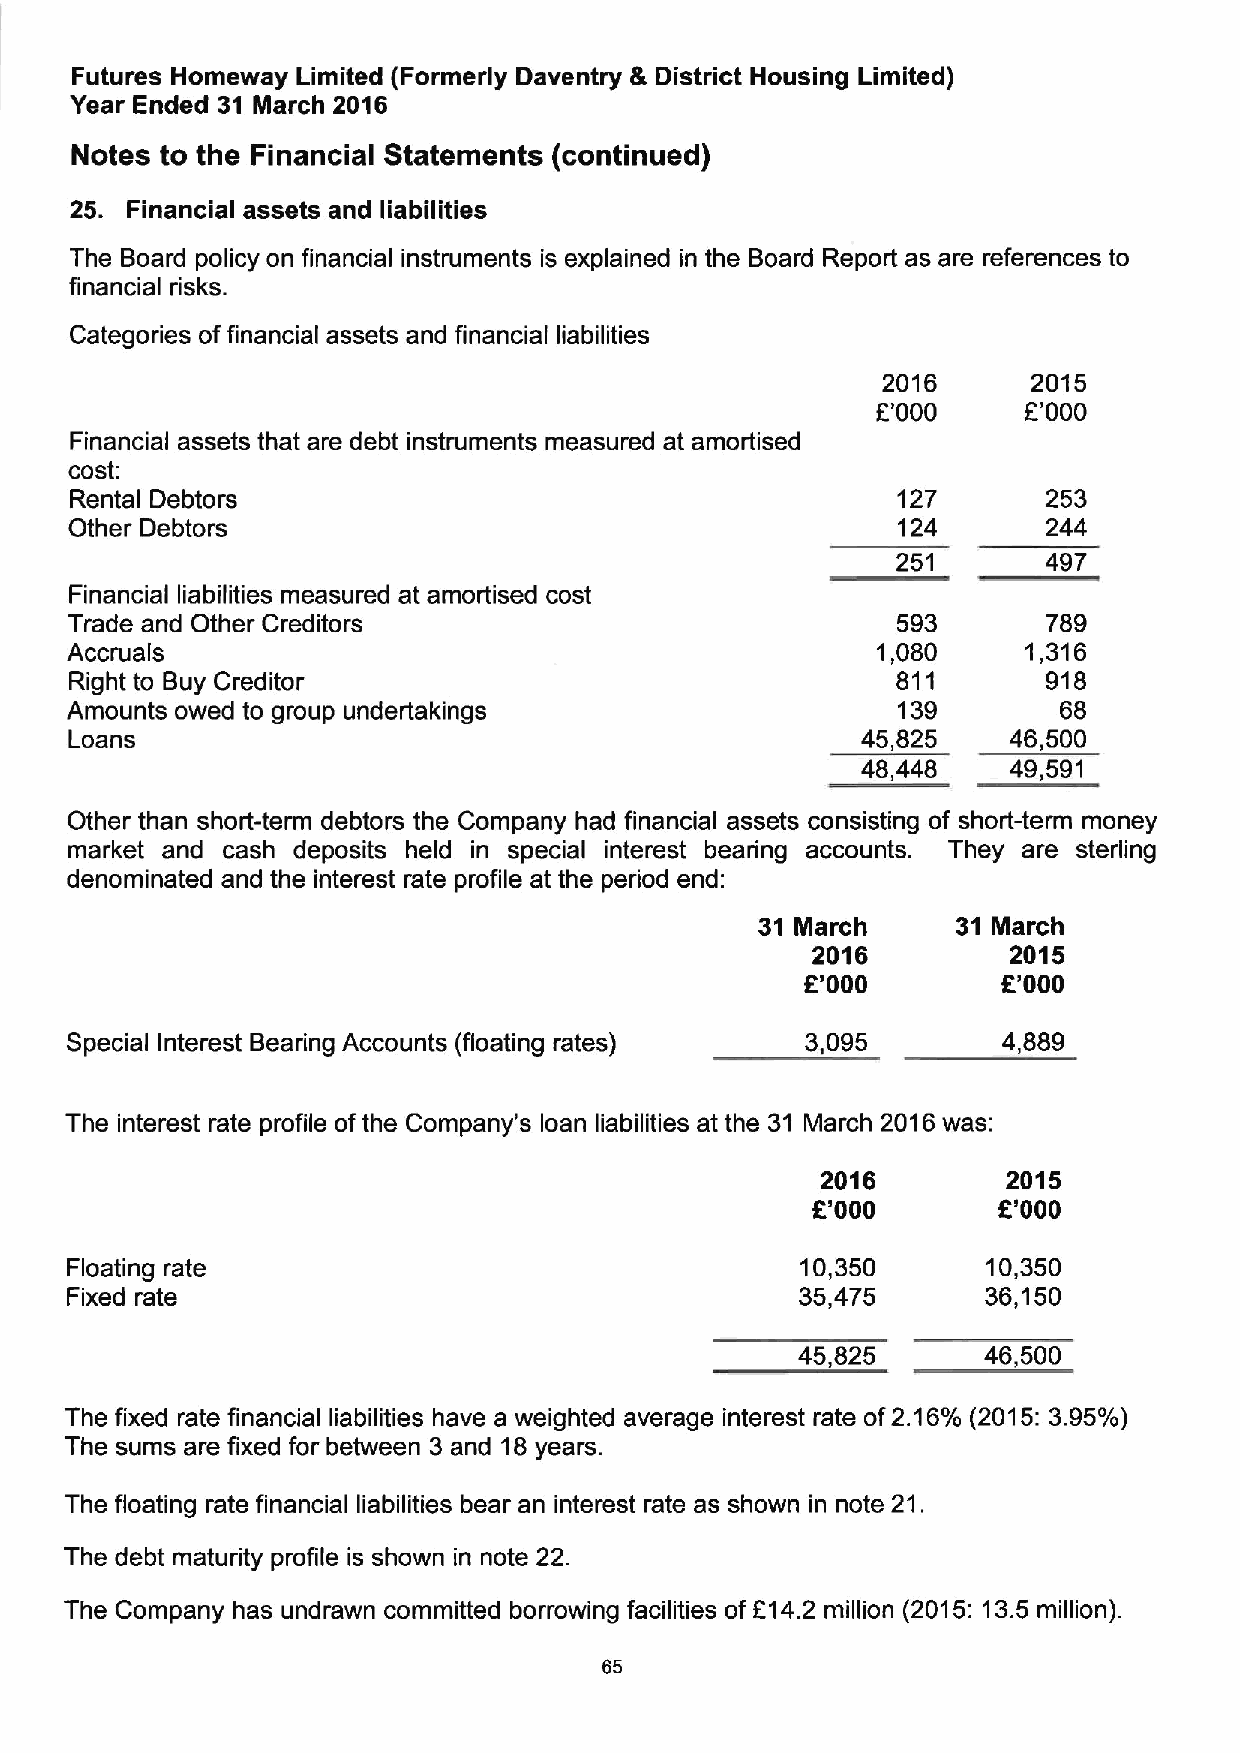
Futures Homeway Limited (Formerly Daventry 8 District Housing Limited)
 Year Ended 31 March 2016
 Notes to the Financial Statements (continued)
 25. Financial assets and liabilities
 The Board policy on financial instruments is explained in the Board Report as are references to
 financial risks.
 Categories offinancial assets and financial liabilities
 2016      2015
 L"000     F'000
 Financial assets that are debt instruments measured at amortised
 cost:
 Rental Debtors                                        127       253
 Other Debtors                                         124       244
 251       497
 Financial liabilities measured at amortised cost
 Trade and Other Creditors                              593       789
 Accruals                                              1,080     1,316
 Right to Buy Creditor                                 811       918
 Amounts owed to group undertakings                     139        68
 Loans                                               45,825    46,500
 48,448    49,591
 Other than short-term debtors the Company had financial assets consisting of short-term money
 market and cash deposits held in special interest bearing accounts. They are sterling
 denominated and the interest rate profile at the period end:
 31 March     31 March
 2016         2015
 E'000        K'000
 Special Interest Bearing Accounts (floating rates) 3,095      4,889
 The interest rate profile of the Company's loan liabilities at the 31 March 2016was:
 2016         2015
 E'000       R'000
 Floating rate                                    10,350      10,350
 Fixed rate                                       35,475      36,150
 45,825      46,500
 The fixed rate financial liabilities have a weighted average interest rate of2.16%(2015:3.95%)
 The sums are fixed for between 3 and 18years.
 The floating rate financial liabilities bear an interest rate as shown in note 21.
 The debt maturity profile is shown in note 22.
 The Company has undrawn committed borrowing facilities of 614.2 million (2015:13.5 million).
 65